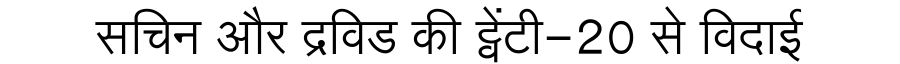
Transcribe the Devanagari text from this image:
सचिन और द्रविड की ट्वेंटी-20 से विदाई